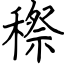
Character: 穄